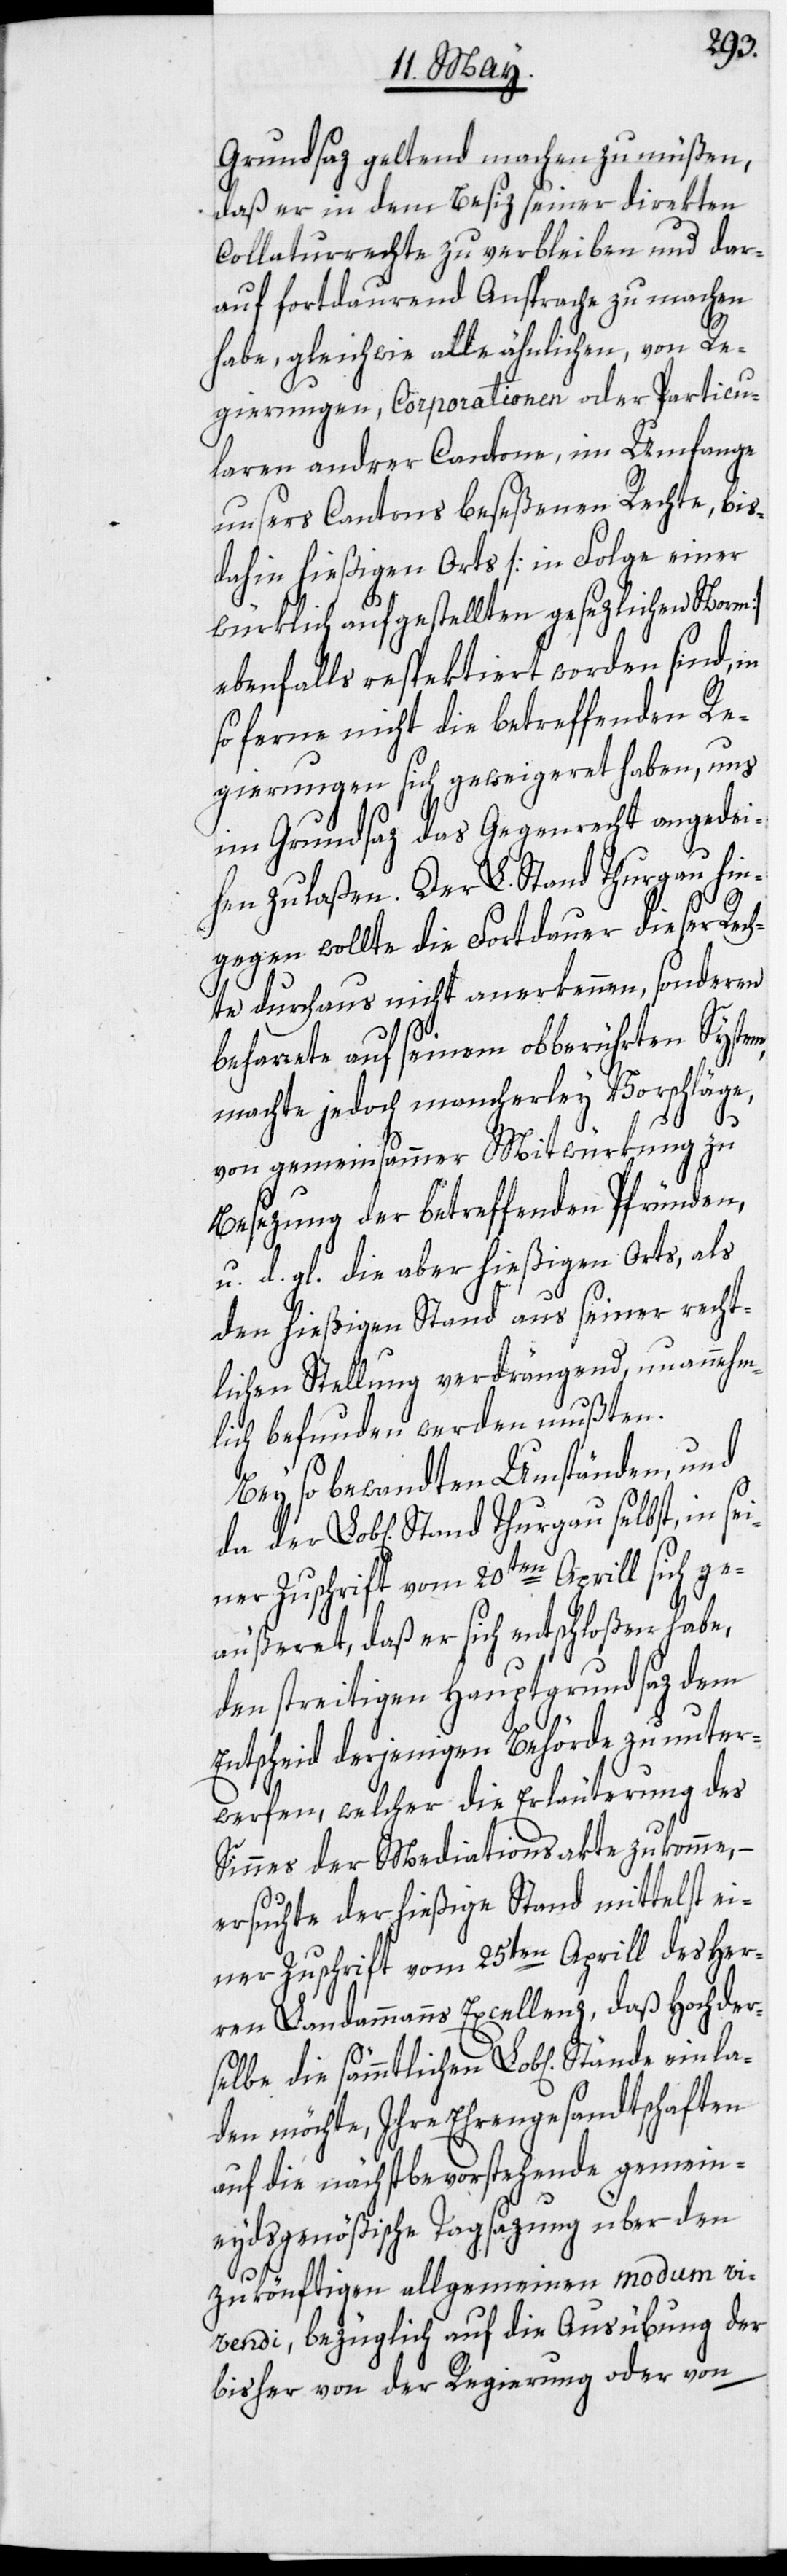
einla¬
Grundsaz geltend machen zu müßen,
daß er in dem Besiz seiner direkten
Collaturrechte zu verbleiben und dar¬
auf fortdaurend Ansprache zu machen
habe, gleichwie alle ähnlichen, von Re¬
gierungen, Corporationen oder Particu¬
laren andrer Cantone, im Umfange
unsers Cantons beseßenen Rechte, bis¬
dahin hießigen Orts [in Folge einer
würklich aufgestellten gesezlichen Norm]
ebenfalls respektiert worden sind, in
so ferne nicht die betreffenden Re¬
gierungen sich geweigeret haben, uns
im Grundsaz das Gegenrecht angedei¬
hen zu laßen. Der L. Stand Thurgau hin¬
gegen wollte die Fortdauer diese Rech¬
te durchaus nicht anerkennen, sonderen
beharrete auf seinem obberührten System,
machte jedoch mancherley Vorschläge,
von gemeinsammer Mitwürkung zu
Besezung der betreffenden Pfründen,
u. d. gl. die aber hießigen Orts, als
den hießigen Stand aus seiner recht¬
lichen Stellung verdrängend, unannehm¬
lich befunden werden mußten.
Bey so bewandten Umständen, und
iner Zuschrift vom 20ten Aprill sich ge¬
äußeret, daß er sich entschloßen habe,
den streitigen Hauptgrundsaz dem
Entscheid derjenigen Behörde zu unter¬
werfen, welcher die Erläuterung des
Sinnes der Mediationsakte zukomme,
ersuchte der hießige Stand mittelst ei¬
ner Zuschrift vom 25ten Aprill des Her¬
ren Landammanns Excellenz, daß Hochder¬
selbe die sämmtlichen Lob[lichen]
den möchte, Ihre Ehrengesandtschaften
auf die nächstbevorstehende gemein¬
eydsgenößische Tagsazung über den
se¬
zukönftigen allgemeinen modum vi¬
vendi, bezüglich auf die Ausübung der
bisher von der Regierung oder von